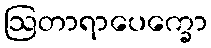
ဩတာရာပေက္ခော